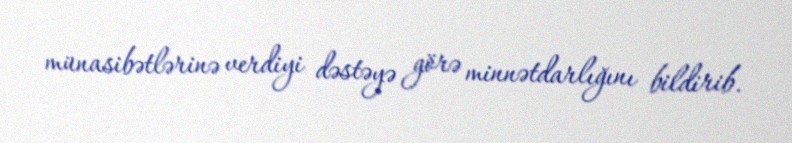
münasibətlərinə verdiyi dəstəyə görə minnətdarlığını bildirib.